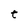
Character: t